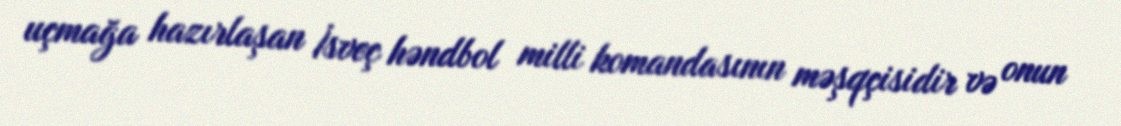
uçmağa hazırlaşan İsveç həndbol milli komandasının məşqçisidir və onun